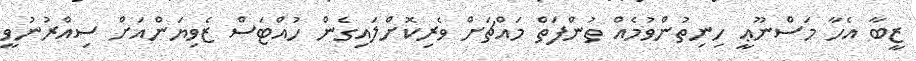
ޒީބާ އެހާ މަސްނޫޢީ ހިނިތުންވުމެއް ތުންފަތް މައްޗަށް ވެރިކޮށްލައިގެން ހުއްޓަސް ޒެވިޔަންއަށް ސިއްރުނުވީ